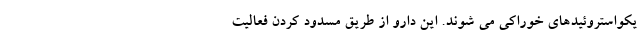
یکواستروئیدهای خوراکی می شوند. این دارو از طریق مسدود کردن فعالیت